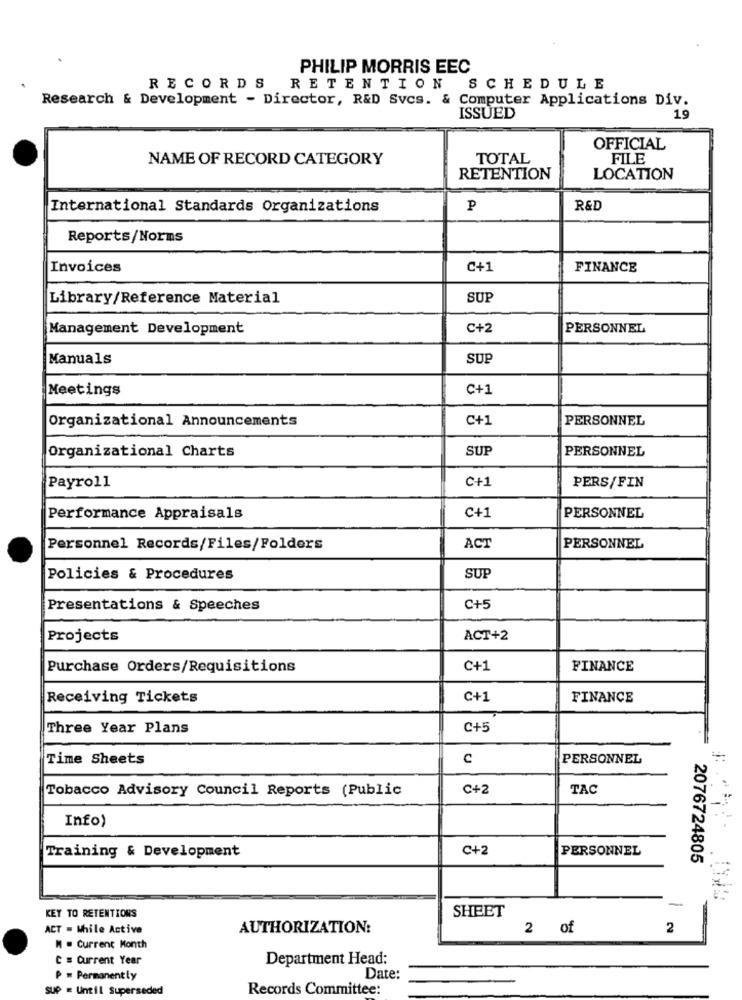
PHILIP MORRIS EEC
RECORDS
RETENTION
SCHEDULE
Research & Development - Director, R&D Svcs. & Computer Applications Div.
ISSUED
19
OFFICIAL
NAME OF RECORD CATEGORY
TOTAL
FILE
RETENTION
LOCATION
International Standards Organizations
P
R&D
Reports/Norms
Invoices
C+1
FINANCE
Library/Reference Material
SUP
Management Development
C+2
PERSONNEL
Manuals
SUP
Meetings
C+1
Organizational Announcements
C+1
PERSONNEL
Organizational Charts
SUP
PERSONNEL
Payroll
C+1
PERS/FIN
Performance Appraisals
C+1
PERSONNEL
Personnel Records/Files/Folders
ACT
PERSONNEL
Policies & Procedures
SUP
Presentations & Speeches
C+5
Projects
ACT+2
Purchase Orders/Requisitions
C+1
FINANCE
Receiving Tickets
C+1
FINANCE
Three Year Plans
C+5
Time Sheets
C
PERSONNEL
Tobacco Advisory Council Reports (Public
C+2
TAC
Info)
C+2
PERSONNEL
Training & Development
2076724805
KEY TO RETENTIONS
SHEET
-
ACT = While Active
AUTHORIZATION:
2 of
2
M . Current Month
C s Current Year
Department Head:
P = Permanently
Date:
SUP = Until Superseded
Records Committee: